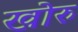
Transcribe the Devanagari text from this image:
खोरु